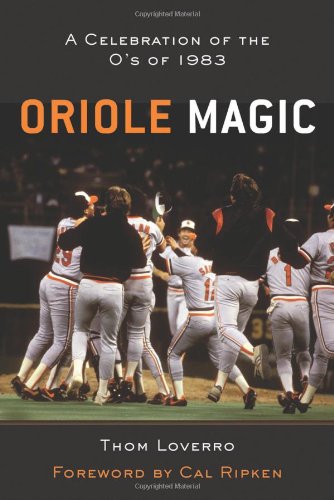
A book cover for Oriole Magic: The O's of 1983; Thom Loverro; Travel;